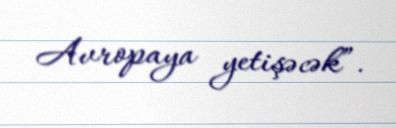
Avropaya yetişəcək”.